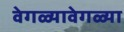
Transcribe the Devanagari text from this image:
वेगळ्यावेगळ्या